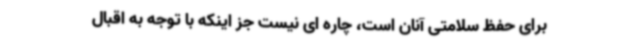
برای حفظ سلامتی آنان است، چاره ای نیست جز اینکه با توجه به اقبال